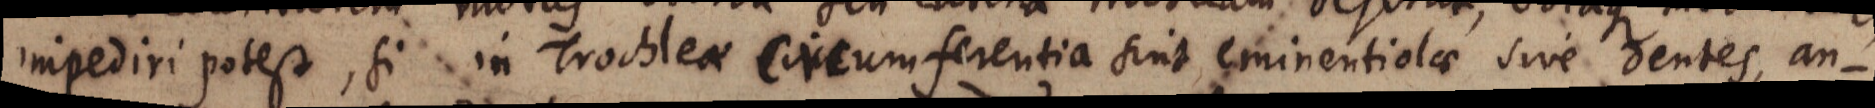
impediri potest, si in Trochleae circumferentia sint eminentiolae sive dentes, an-